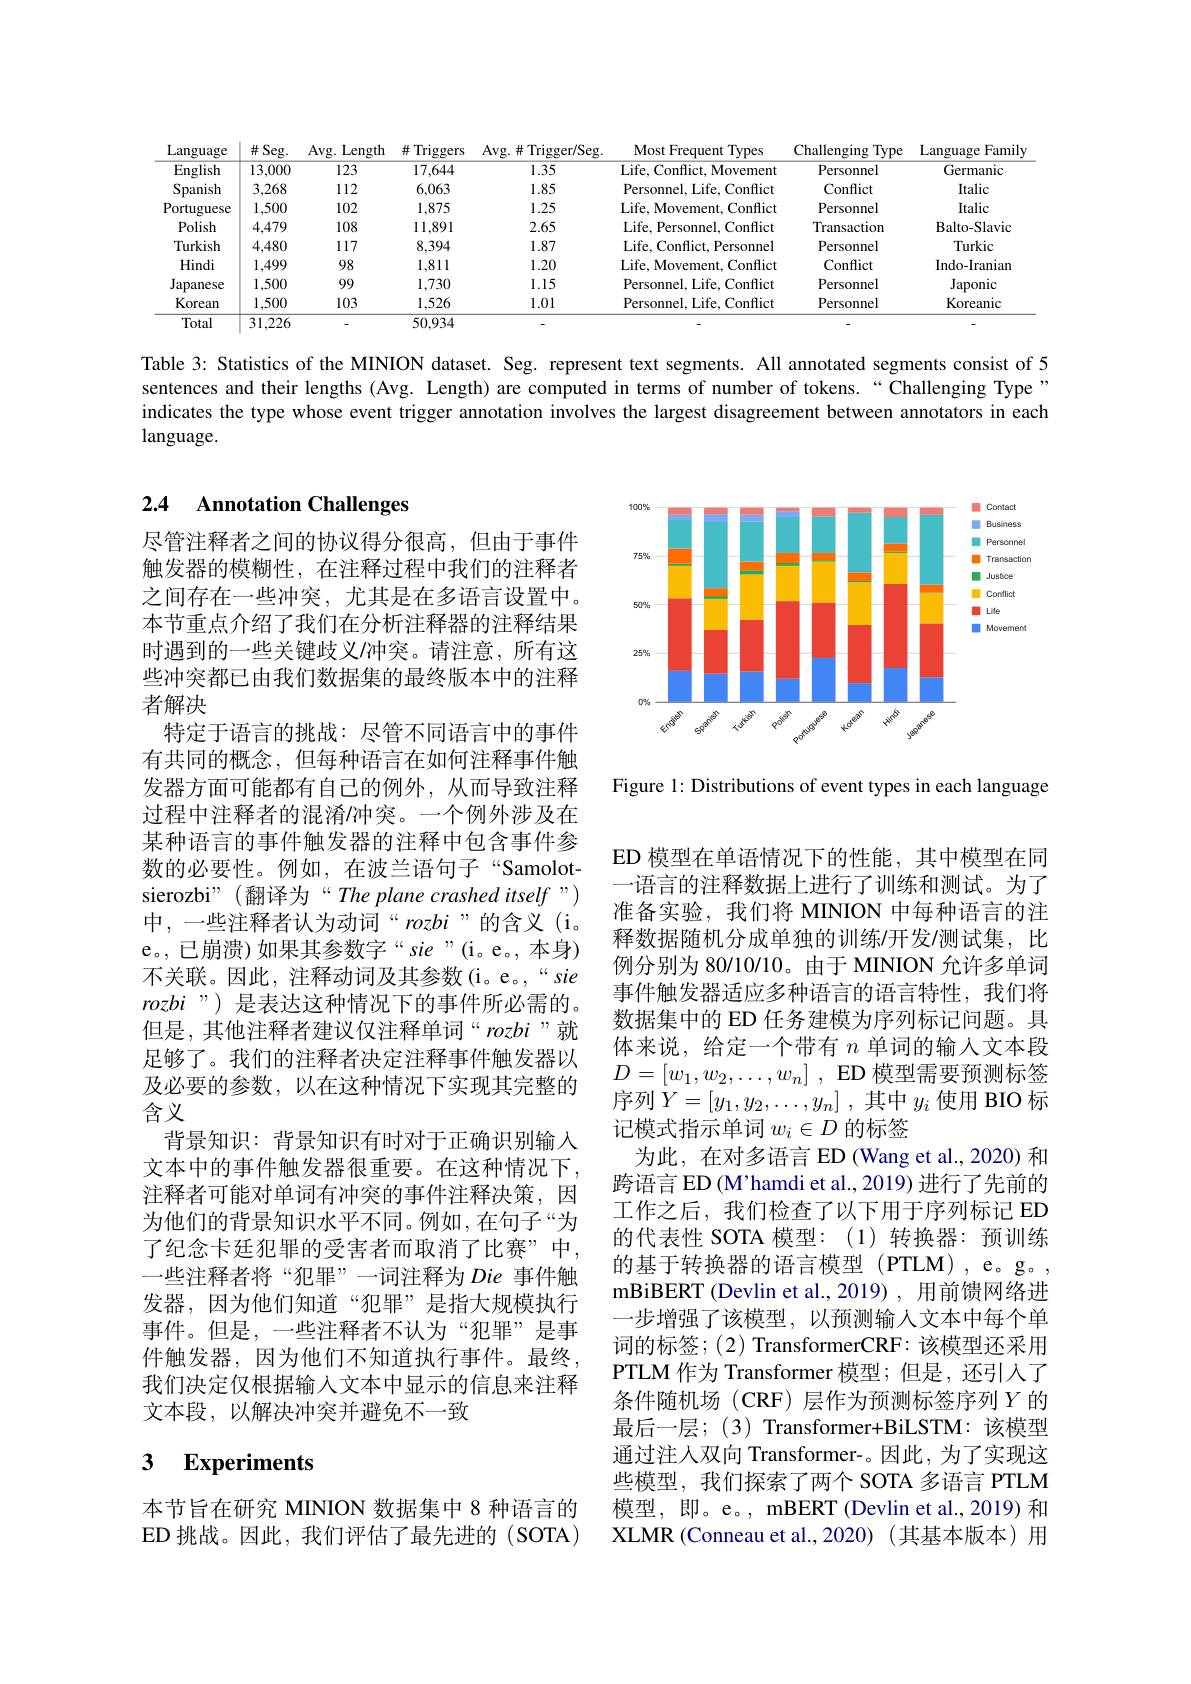
<table>
	<tbody>
		<tr>
			<th>Language</th>
			<th>$\#$Seg.</th>
			<th>Avg. Length</th>
			<th>$\#$ Triggers</th>
			<th>Avg. $\#$ Trigger/ Seg</th>
			<th>Most Frequent Types</th>
			<th>Challenging Type</th>
			<th>Language Famile</th>
		</tr>
		<tr>
			<td>English</td>
			<td>13,000</td>
			<td>123</td>
			<td>17,644</td>
			<td>1.35</td>
			<td>Life, Conflict, Movement</td>
			<td>Personnel</td>
			<td>Germanic</td>
		</tr>
		<tr>
			<td>Spanish</td>
			<td>3,268</td>
			<td>112</td>
			<td>6,063</td>
			<td>1.85</td>
			<td>Personnel, Life, Conflict</td>
			<td>Confict</td>
			<td>Italic</td>
		</tr>
		<tr>
			<td>Portuguese</td>
			<td>1,500</td>
			<td>102</td>
			<td>1,875</td>
			<td>1.25</td>
			<td>Life, Movement, Conflict</td>
			<td>Personnel</td>
			<td>Italic</td>
		</tr>
		<tr>
			<td>Polish</td>
			<td>4,479</td>
			<td>108</td>
			<td>11,891</td>
			<td>2.65</td>
			<td>Life, Personnel, Conflict</td>
			<td>Transaction</td>
			<td>$\mathbf{Balto-Slavic}$</td>
		</tr>
		<tr>
			<td>Turkish</td>
			<td>4,480</td>
			<td>117</td>
			<td>8,394</td>
			<td>1.87</td>
			<td>Life, Conflict, Personnel</td>
			<td>Personnel</td>
			<td>Turkic</td>
		</tr>
		<tr>
			<td>Hindi</td>
			<td>1,499</td>
			<td>98</td>
			<td>1,811</td>
			<td>1.20</td>
			<td>Life, Movement, Conflict</td>
			<td>Confict</td>
			<td>Indo-Iranian</td>
		</tr>
		<tr>
			<td>Japanese</td>
			<td>1,500</td>
			<td>99</td>
			<td>1,730</td>
			<td>1.15</td>
			<td>Personnel, Life, Conflict</td>
			<td>Personnel</td>
			<td>Japonic</td>
		</tr>
		<tr>
			<td>Korean</td>
			<td>1,500</td>
			<td>103</td>
			<td>1,526</td>
			<td>1.01</td>
			<td>Personnel, Life, Conflict</td>
			<td>Personnel</td>
			<td>Koreanic</td>
		</tr>
		<tr>
			<td>Total</td>
			<td>31,226</td>
			<td> </td>
			<td>50.934</td>
			<td> </td>
			<td> </td>
			<td> </td>
			<td> </td>
		</tr>
	</tbody>
</table>

Table 3: Statistics of the MINION dataset. Seg. represent text segments. All annotated segments consist of 5 sentences and their lengths (Avg. Length) are computed in terms of number of tokens.“Challenging Type indicates the type whose event trigger annotation involves the largest disagreement between annotators in each language.

### 2.4 Annotation Challenges

尽管注释者之间的协议得分很高，但由于事件触发器的模糊性，在注释过程中我们的注释者之间存在一些冲突，尤其是在多语言设置中。本节重点介绍了我们在分析注释器的注释结果时遇到的一些关键歧义/冲突。请注意，所有这些冲突都已由我们数据集的最终版本中的注释者解决
特定于语言的挑战：尽管不同语言中的事件有共同的概念，但每种语言在如何注释事件触发器方面可能都有自己的例外，从而导致注释过程中注释者的混淆/冲突。一个例外涉及在某种语言的事件触发器的注释中包含事件参数的必要性。例如，在波兰语句子“Samolotsierozbi" (翻译为“The plane crashed itself”) 中，一些注释者认为动词“rozbi”的含义(i。e。,已崩溃)如果其参数字“sie”(i。e。,本身) 不关联。因此，注释动词及其参数(i。e。,“sie rozbi”) 是表达这种情况下的事件所必需的。但是，其他注释者建议仅注释单词“rozbi”就足够了。我们的注释者决定注释事件触发器以及必要的参数，以在这种情况下实现其完整的含义
背景知识：背景知识有时对于正确识别输入文本中的事件触发器很重要。在这种情况下， 注释者可能对单词有冲突的事件注释决策，因为他们的背景知识水平不同。例如，在句子“为了纪念卡廷犯罪的受害者而取消了比赛”中， 一些注释者将“犯罪”一词注释为 Die 事件触发器，因为他们知道“犯罪”是指大规模执行事件。但是，一些注释者不认为“犯罪”是事件触发器，因为他们不知道执行事件。最终我们决定仅根据输入文本中显示的信息来注释文本段，以解决冲突并避免不一致

### 3 $\textbf{Experiments}$

本节旨在研究 MINION 数据集中 8 种语言的ED 挑战。因此，我们评估了最先进的(SOTA)

<FigureHere>

Figure 1: Distributions of event types in each language

ED 模型在单语情况下的性能，其中模型在同一语言的注释数据上进行了训练和测试。为了准备实验，我们将 MINION 中每种语言的注释数据随机分成单独的训练/开发/测试集，比例分别为 80/10/10。由于 MINION 允许多单词事件触发器适应多种语言的语言特性，我们将数据集中的 ED 任务建模为序列标记问题。具体来说，给定一个带有$n$单词的输入文本段$D= [ w_1, w_2, \ldots , w_n]$ , ED 模型需要预测标签序列$Y= [ y_1, y_2, \ldots , y_n]$ ,其中$y_i$ 使用 BIO 标记模式指示单词$w_i\in D$的标签
为此，在对多语言 ED (Wang et al., 2020) 和跨语言 ED (M'hamdi et al., 2019) 进行了先前的工作之后，我们检查了以下用于序列标记 ED 的代表性 SOTA 模型：(1)转换器：预训练的基于转换器的语言模型(PTLM),e。g。, mBiBERT (Devlin et al.,2019) , 用前馈网络进一步增强了该模型，以预测输入文本中每个单词的标签；(2) TransformerCRF: 该模型还采用PTLM 作为 Transformer 模型；但是，还引入了条件随机场(CRF)层作为预测标签序列$Y$的最后一层；(3) Transformer+BiLSTM:该模型通过注人双向 Transformer-。因此，为了实现这些模型，我们探索了两个 SOTA 多语言 PTLM 模型，即。e。, mBERT (Devlin et al., 2019) 和XLMR (Conneau et al.,2020)(其基本版本)用